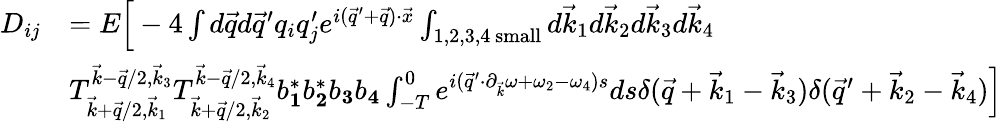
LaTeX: \begin{array}{rl}{D_{ij}}&{=E\Big[-4\int d\vec{q}d\vec{q}^{\prime}q_{i}q_{j}^{\prime}e^{i(\vec{q}^{\prime}+\vec{q})\cdot\vec{x}}\int_{1,2,3,4\mathrm{~small}}d\vec{k}_{1}d\vec{k}_{2}d\vec{k}_{3}d\vec{k}_{4}}\\ &{T_{\vec{k}+\vec{q}/2,\vec{k}_{1}}^{\vec{k}-\vec{q}/2,\vec{k}_{3}}T_{\vec{k}+\vec{q}/2,\vec{k}_{2}}^{\vec{k}-\vec{q}/2,\vec{k}_{4}}b_{\mathbf 1}^{*}b_{\mathbf 2}^{*}b_{\mathbf 3}b_{\mathbf 4}\int_{-T}^{0}e^{i(\vec{q}^{\prime}\cdot\partial_{\vec{k}}\omega+\omega_{2}-\omega_{4})s}ds\delta(\vec{q}+\vec{k}_{1}-\vec{k}_{3})\delta(\vec{q}^{\prime}+\vec{k}_{2}-\vec{k}_{4})\Big]}\end{array}